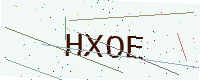
Text: HXOE